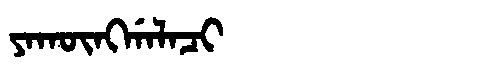
Manchu: ᠶᠠᡴᡡᠩᡤᠠᠯᠠᠴᡳ
Romanization: YAKŪNGGALACI